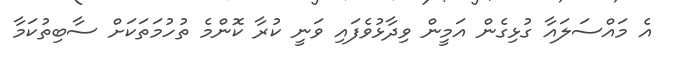
އެ މައްސަލައާ ގުޅިގެން އަމީން ވިދާޅުވެފައި ވަނީ ކުރާ ކޮންމެ ތުހުމަތަކަށް ސާބިތުކަމާ